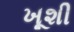
ખૂશી